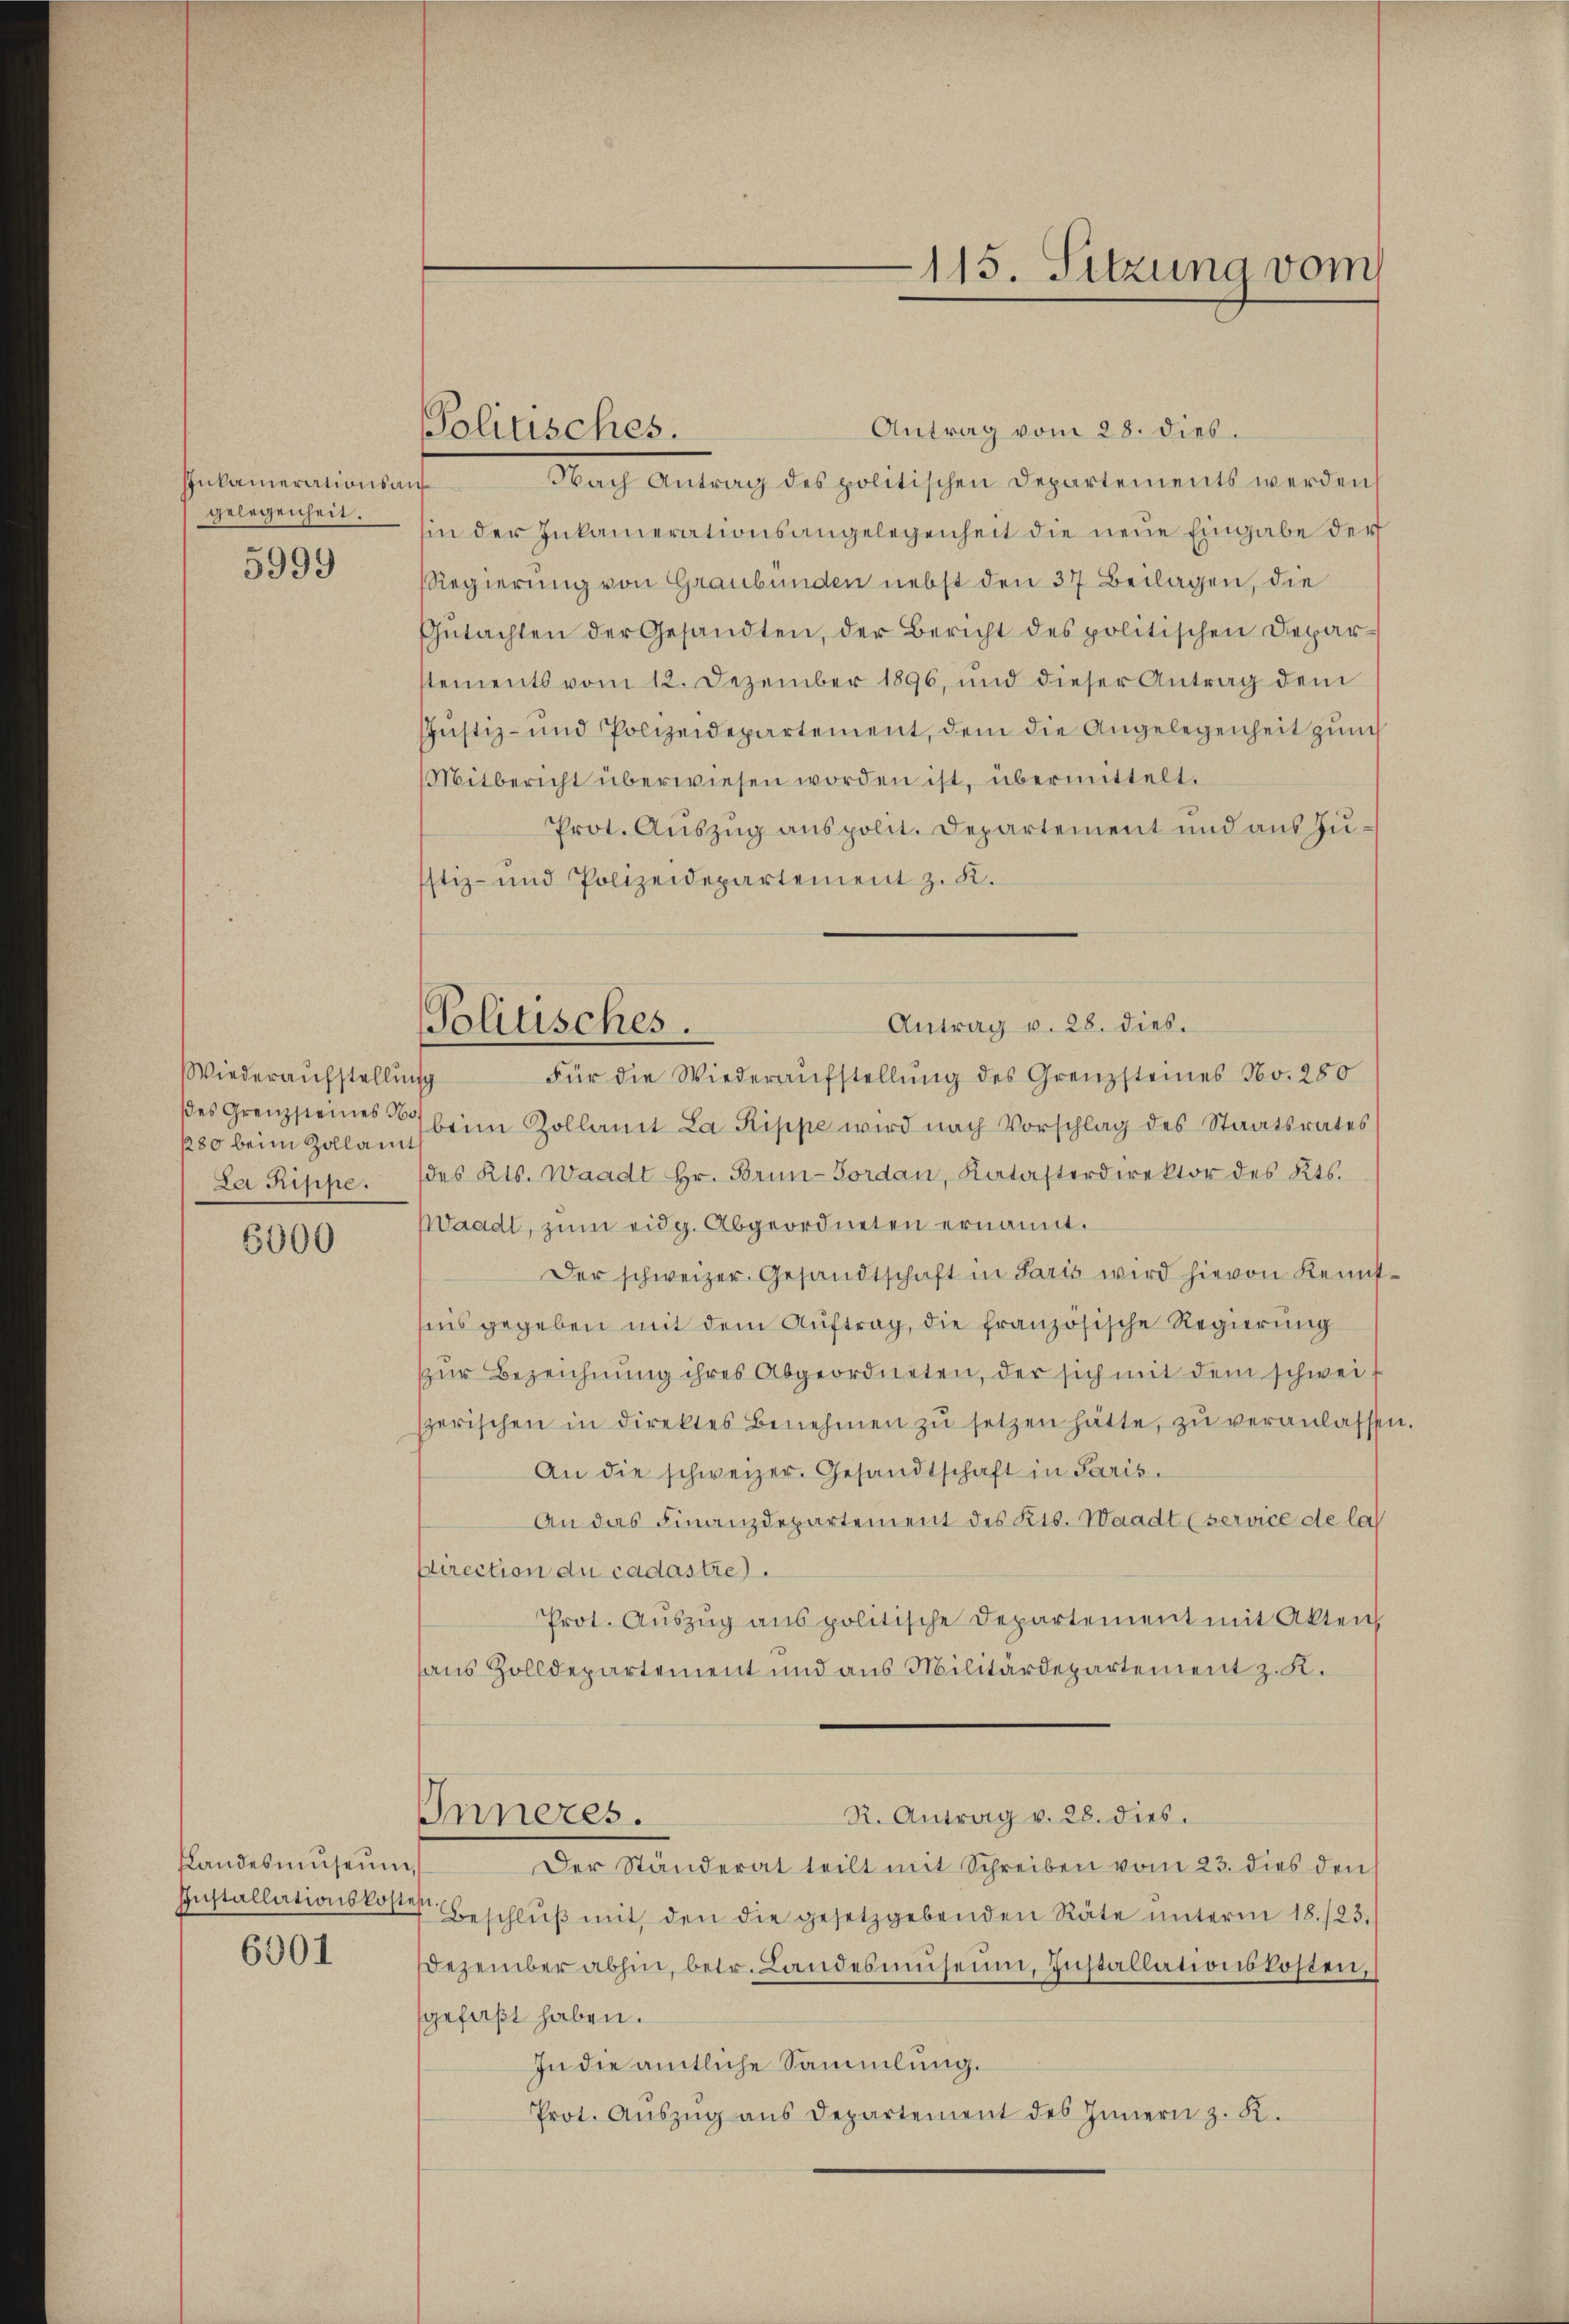
Inkamerationsauf
gelegenheit.

5999

Wiederaufstellung
des Grenzsteines No¬
180 beim Zollamt

6000

Landesmuseum,

6001

Politisches.

Antrag v. 28. dies.
Politisches.

Antrag vom 28. dies.
Nach Antrag des politischen Departements werden
hin der Inkamerationsangelegenheit die neue Eingabe der
RRegierung von Graubünden nebst den 37. Beilagen, die
Gŭtachten der Gesandten, der Bericht des politischen Depar-
stements vom 12. Dezember 1896, und dieser Antrag dem
Jŭstiz- und Polizeidepartement, dem die Angelegenheit zum
Mitbericht überwiesen worden ist, übermittelt.
Prot. Auszug aus polit. Departement und aus Zü¬
Istiz- und Polizeidepartement z. K.
Für die Wiederaufstellung des Grenzsteines No. 280
beim Zollamt La Rippe wird nach Vorschlag des Staatsrates
La Rippe. (des Kts. Waadt Hr. Brŭn-Forden, Katasterdirektor des Kts.
Waadt, zum eidg. Abgeordneten ernannt.
Der schweizer. Gesandtschaft in Paris wird hievon Kennt
sins gegeben mit dem Auftrag, die französische Regierung
zŭr Bezeichnŭng ihres Abgeordneten, der sich mit dem schwei¬
Herischen in direktes Benehmen zŭ setzen hätte, zŭ veranlassen
An die schweizer. Gesandtschaft in Paris.
An das Finanzdepartement des Kts. Waadt (service de la
Direction du cadastre).
Prot. Aŭszŭg anspolitische Departement mit Akten,
aus Zolldepartement und aus Militärdepartement z. R.
R. Antrag v. 28. dies.
Inneres.
Der Ständerat teilt mit Schreiben vom 23. dies den
Installationskosten Beschlŭβ mit den die gesetzgebenden Räte ŭnterm 18./23.
Dezember abhin, betr. Landesmŭseim Installationskosten,
gefaßt haben.
In die amtliche Sammlung.
Prot. Aŭszŭg ans Departement des Innern z. K.

115. Sitzung vom